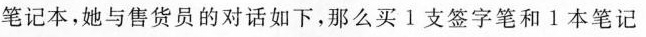
笔记本，她与售货员的对话如下，那么买l支签字笔和1本笔记